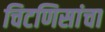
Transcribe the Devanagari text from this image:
चिटणिसांचा